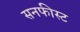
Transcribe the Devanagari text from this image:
सनफीस्ट